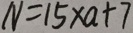
N = 1 5 \times a + 7